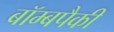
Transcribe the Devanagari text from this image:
बॉम्बपैकी